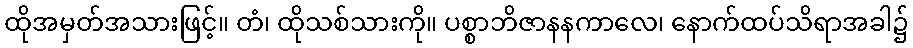
ထိုအမှတ်အသားဖြင့်။ တံ၊ ထိုသစ်သားကို။ ပစ္စာဘိဇာနနကာလေ၊ နောက်ထပ်သိရာအခါ၌